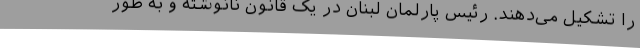
را تشکیل می‌دهند. رئیس پارلمان لبنان در یک قانون نانوشته و به طور